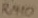
Text: RM10